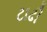
ટાઢી